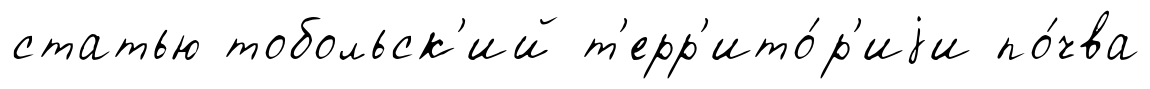
статью тобольск'ий т'ерр'ито́р'иjи по́чва